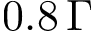
0 . 8 \, \Gamma